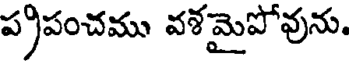
ప్రపంచము వశమైపోవును.